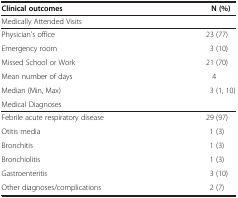
<table><thead><tr><td><b>Clinical outcomes</b></td><td><b>N (%)</b></td></tr></thead><tbody><tr><td colspan="2">Medically Attended Visits</td></tr><tr><td>Physician&#x27;s office</td><td>23 (77)</td></tr><tr><td>Emergency room</td><td>3 (10)</td></tr><tr><td>Missed School or Work</td><td>21 (70)</td></tr><tr><td>Mean number of days</td><td>4</td></tr><tr><td>Median (Min, Max)</td><td>3 (1, 10)</td></tr><tr><td colspan="2">Medical Diagnoses</td></tr><tr><td>Febrile acute respiratory disease</td><td>29 (97)</td></tr><tr><td>Otitis media</td><td>1 (3)</td></tr><tr><td>Bronchitis</td><td>1 (3)</td></tr><tr><td>Bronchiolitis</td><td>1 (3)</td></tr><tr><td>Gastroenteritis</td><td>3 (10)</td></tr><tr><td>Other diagnoses/complications</td><td>2 (7)</td></tr></tbody></table>